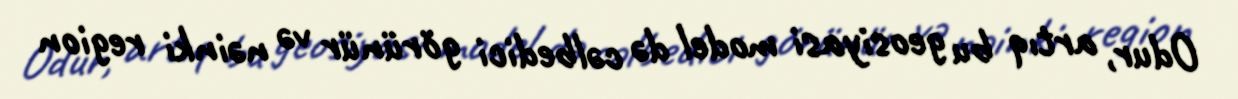
Odur, artıq bu geosiyasi model də cəlbedici görünür və nəinki region